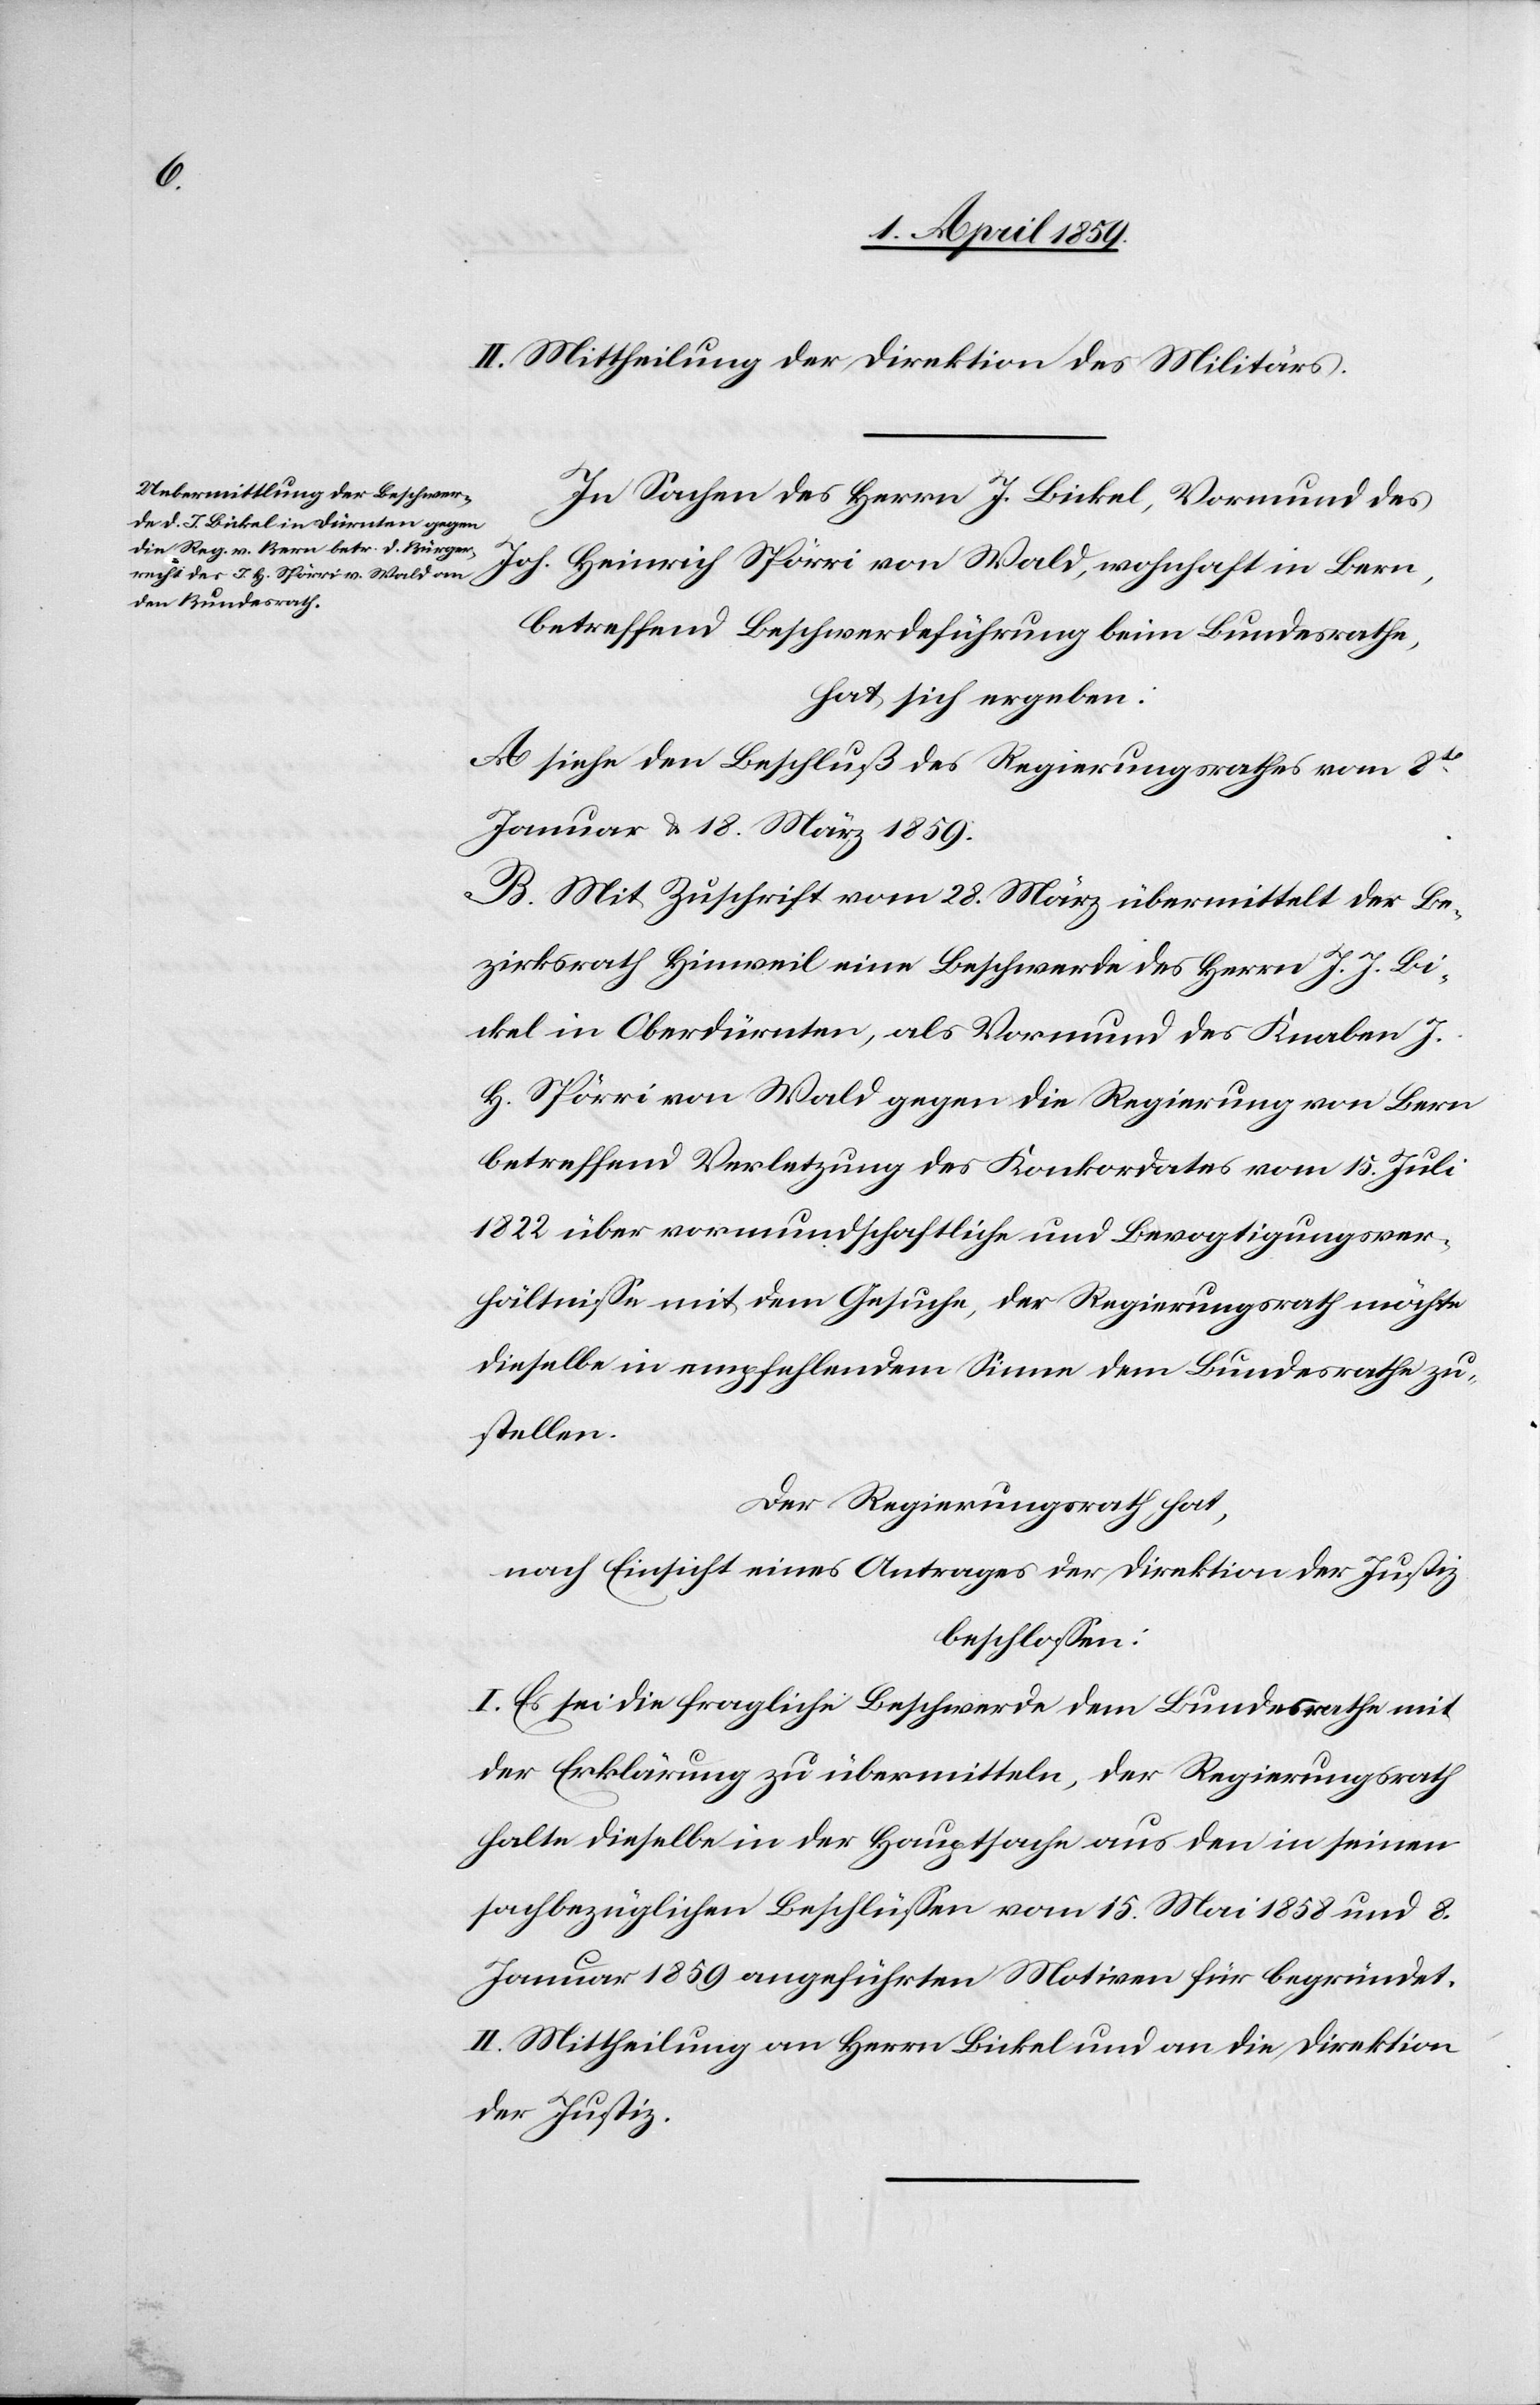
II. Mittheilung der Direktion des Militärs.
In Sachen des Herrn J. Bickel, Vormund des
Joh. Heinrich Spörri von Wald, wohnhaft in Bern,
betreffend Beschwerdeführung beim Bundesrathe,
hat sich ergeben:
A. Siehe den Beschluß des Regierungsrathes vom 8t
Januar & 18. März 1859.
B. Mit Zuschrift vom 28. März übermittelt der Be¬
zirksrath Hinweil eine Beschwerde des Herrn J. J. Bi¬
ckel in Oberdürnten, als Vormund des Knaben J.
H. Spörri von Wald gegen die Regierung von Bern
betreffend Verletzung des Konkordates vom 15. Juli
1822 über vormundschaftliche und Bevogtigungsver¬
hältniße mit dem Gesuche, der Regierungsrath möchte
dieselbe in empfehlendem Sinne dem Bundesrathe zu¬
stellen.
Der Regierungsrath hat,
nach Einsicht eines Antrages der Direktion der Justiz
beschloßen:
I. Es sei die fragliche Beschwerde dem Bundesrathe mit
der Erklärung zu übermitteln, der Regierungsrath
halte dieselbe in der Hauptsache aus den in seiner
sachbezüglichen Beschlüßen vom 15. Mai 1858 und 8.
Januar 1859 angeführten Motionen für begründet.
II. Mittheilung an Herrn Bickel und an die Direktion
der Justiz.